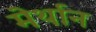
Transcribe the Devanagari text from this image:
मेर्थान